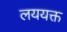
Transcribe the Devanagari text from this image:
लययक्त